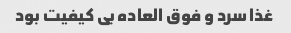
غذا سرد و فوق العاده بی کیفیت بود